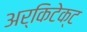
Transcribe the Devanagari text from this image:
अर्किटेक्ट